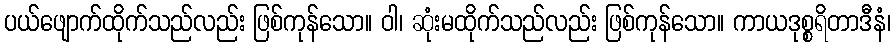
ပယ်ဖျောက်ထိုက်သည်လည်း ဖြစ်ကုန်သော။ ဝါ၊ ဆုံးမထိုက်သည်လည်း ဖြစ်ကုန်သော။ ကာယဒုစ္စရိတာဒီနံ၊